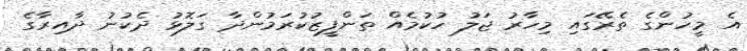
އެ މީހުންގެ ތެރޭގައި މިހާރު ޖަލު ހުކުމެއް ތަންފީޒުކުރަމުންދާ ގަލޮޅު ދެކުނު ދާއިރާގެ